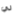
لي